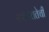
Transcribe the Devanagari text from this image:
स्वायत्ततेची